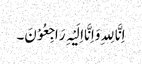
اِنَّا لِلہِ وَاِنَّا اِلَیْہِ رَاجِعُوْنَ۔